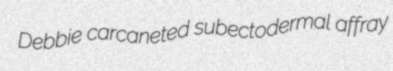
Debbie carcaneted subectodermal affray